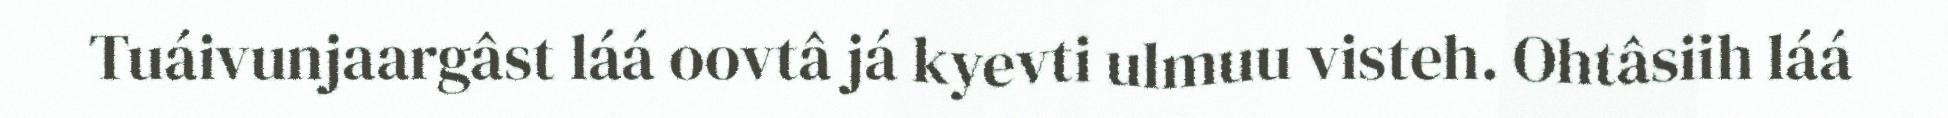
Tuáivunjaargâst láá oovtâ já kyevti ulmuu visteh. Ohtâsiih láá